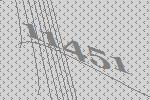
11451